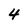
Character: 4